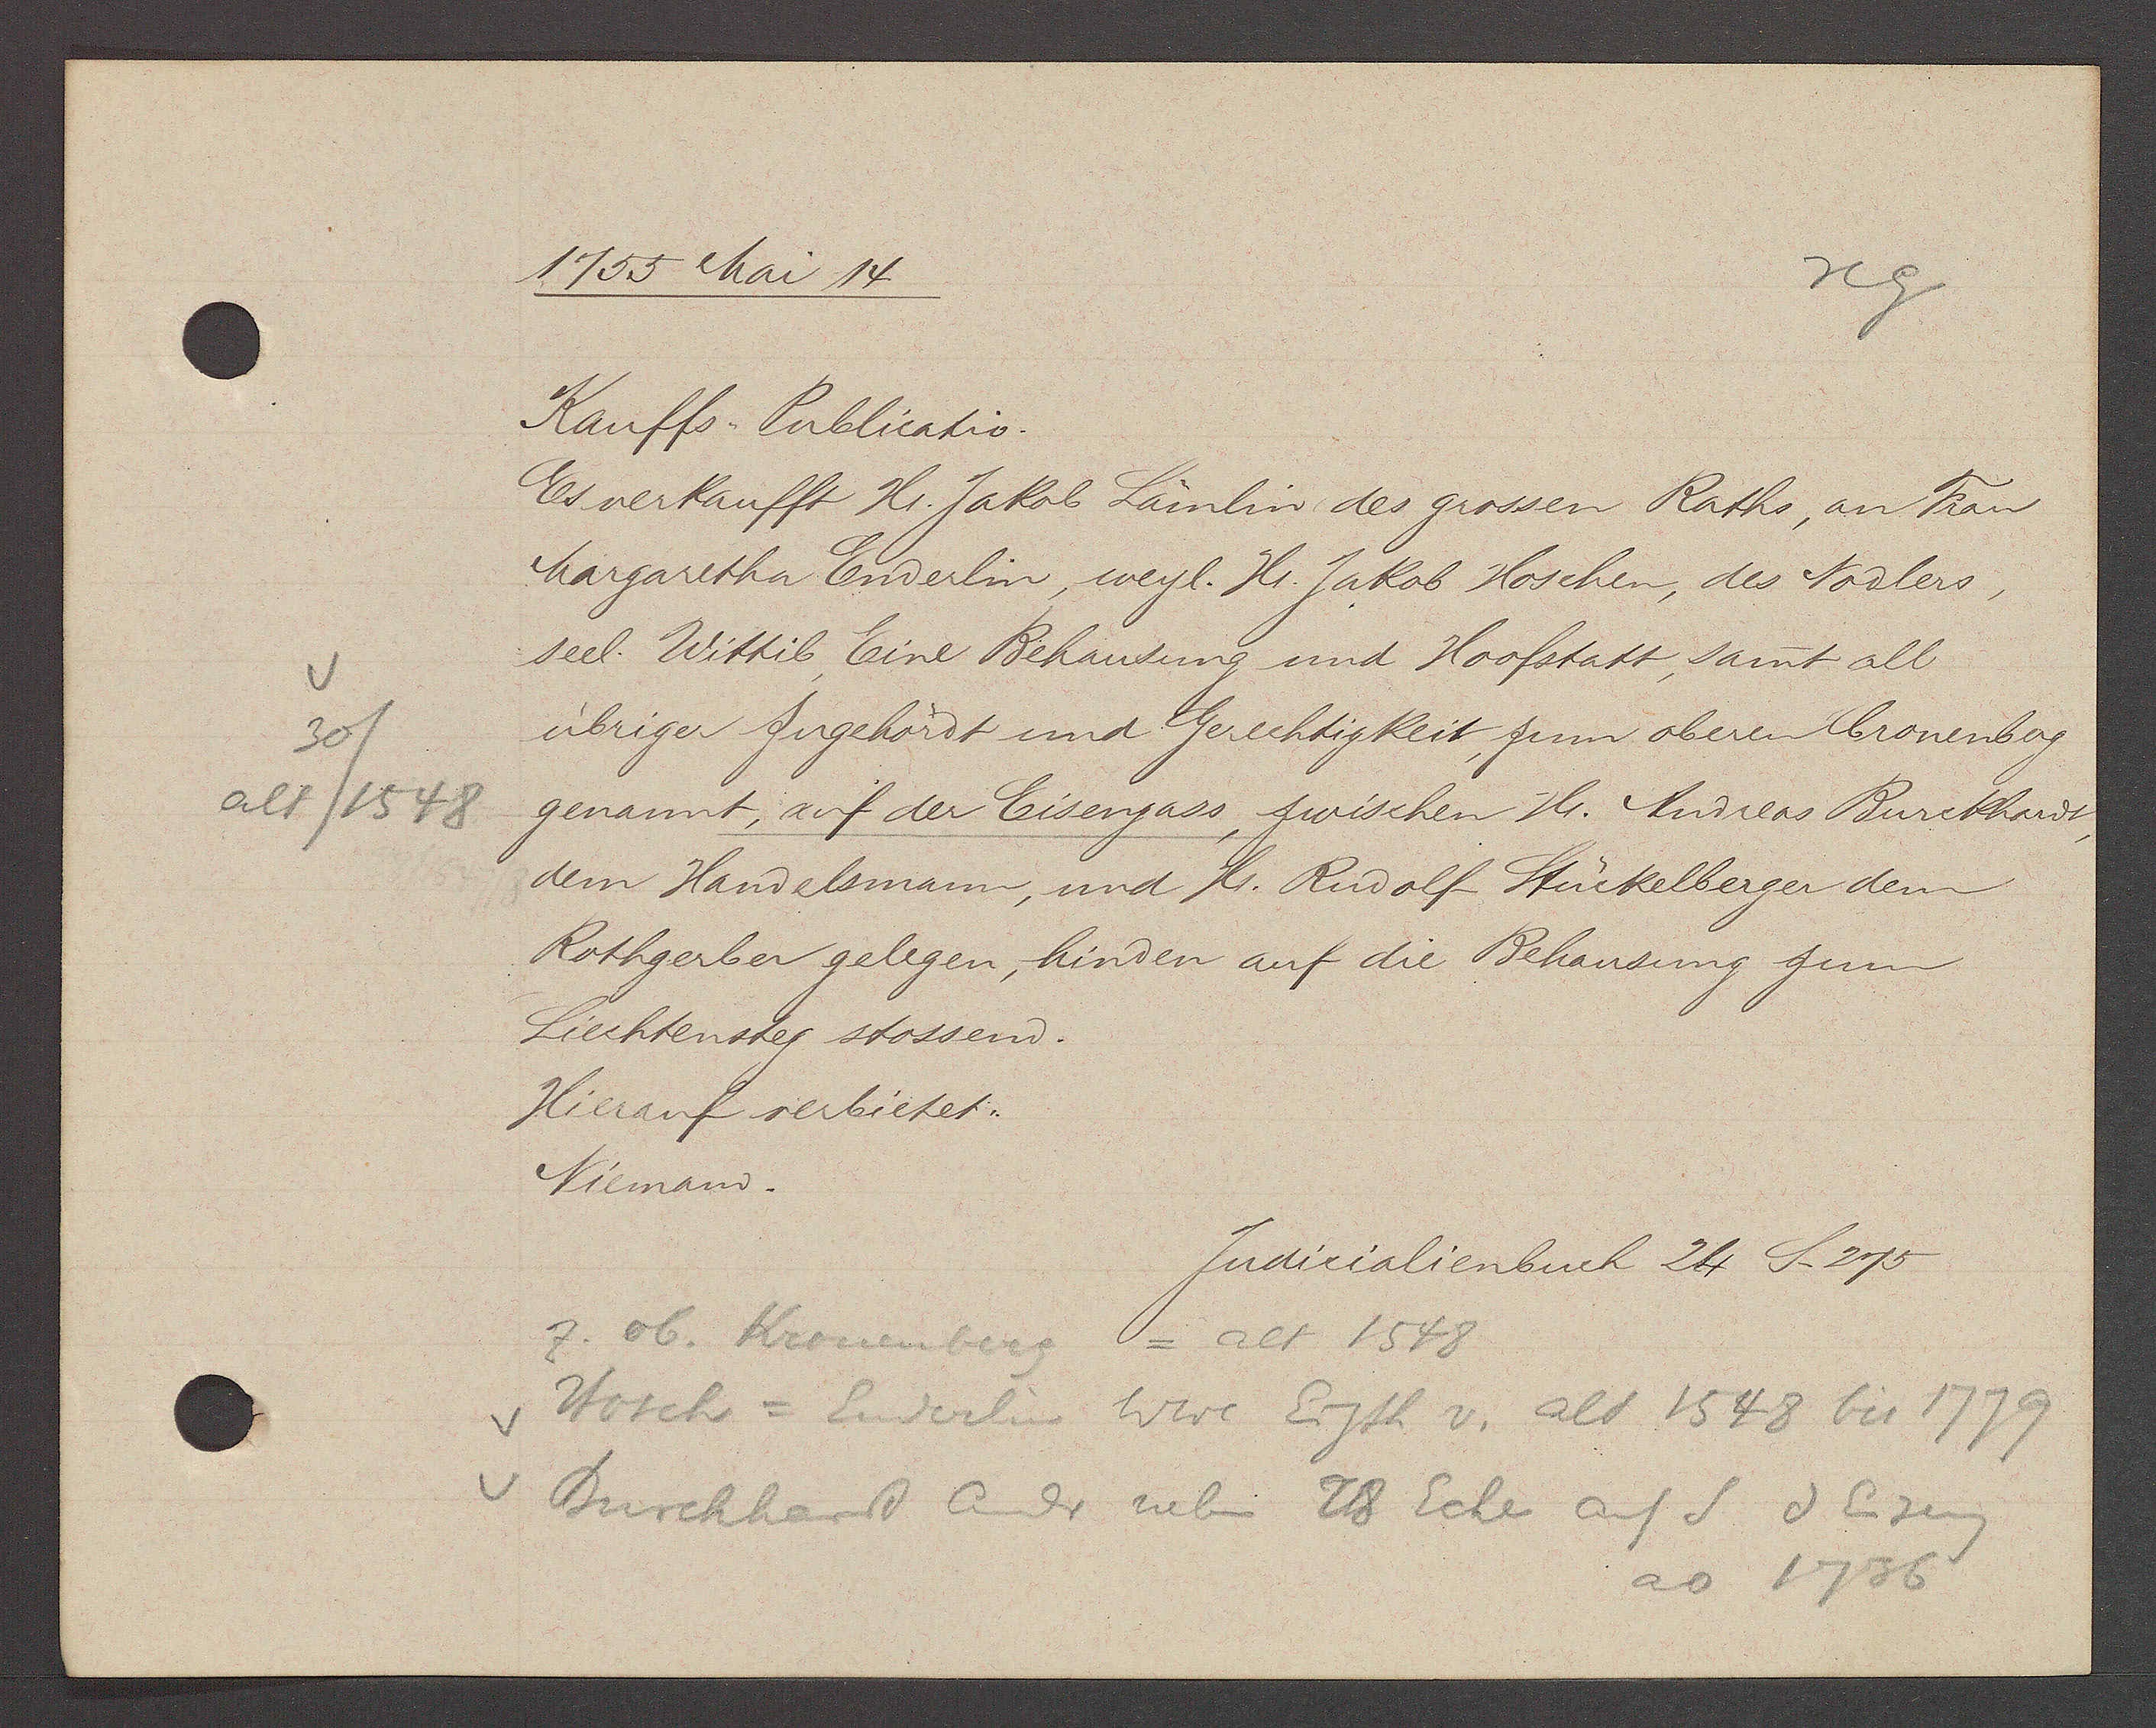
Transcript:
30/
alt/1548

1753 Mai 14

Kauffs Publicatio.
Es verkaufft Hr. Jakob Lämlin des grossen Raths, an Frau
Margaretha Enderlin, weyl. H. Jakob Hoschen, des Nodlers,
seel. Wittib, Eine Behausung und Hoofstatt, samt all
übriger Zugehördt und Gerechtigkeit zum oberen Cronenbag
genannt, auf der Eisengass, zwischen Hr. Andreas Burckhardt
dem Handelsmann, und Hr. Rudolf Stückelberger dem
Rothgerber gelegen, hinden auf die Behausung zum
Liechtenster stossend.
Hierauf verbietet:
Niemand.

Judicialienbuch 24 S. 275

z. ob. Kronenberg = alt 1548
Hosch = Luderlin Wwe Eigth v. alt 1548 bis 1779
Burckhard Andr neben 28 Ecke auf S v Eiseng
ao 1736